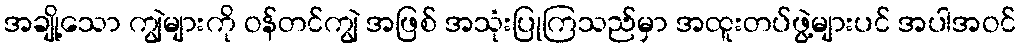
အချို့သော ကျွဲများကို ဝန်တင်ကျွဲ အဖြစ် အသုံးပြုကြသည်မှာ အထူးတပ်ဖွဲ့များပင် အပါအဝင်